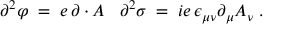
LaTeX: \partial ^ { 2 } \varphi \; = \; e \, \partial \cdot A \; \; \; \partial ^ { 2 } \sigma \; = \; i e \, \epsilon _ { \mu \nu } \partial _ { \mu } A _ { \nu } \; .